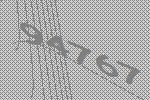
94767